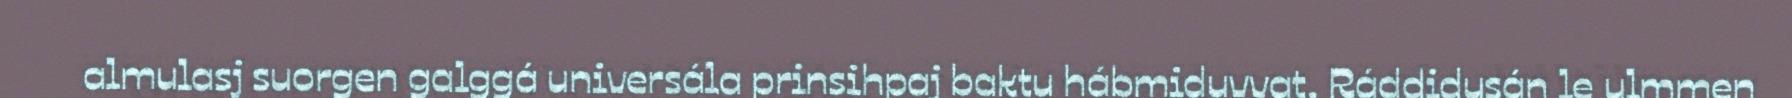
almulasj suorgen galggá universála prinsihpaj baktu hábmiduvvat. Ráddidusán le ulmmen